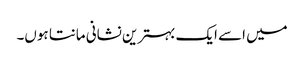
میں اسے ایک بہترین نشانی مانتا ہوں۔